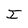
Character: I